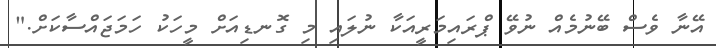
އޭނާ ވެސް ބޭނުމެއް ނުވޭ ޕްރައިމަރީއަކާ ނުލައި މި ގޮނޑިއަށް މީހަކު ހަމަޖައްސާކަށް."